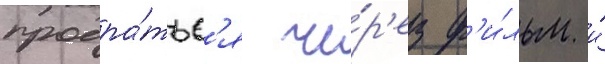
продра́тьс'я че́р'ез ф'и́льм и́